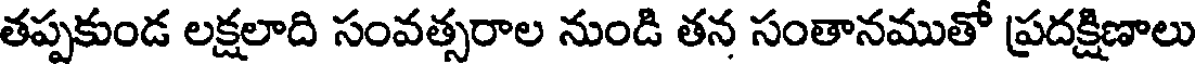
తప్పకుండ లక్షలాది సంవత్సరాల నుండి తన సంతానముతో ప్రదక్షిణాలు